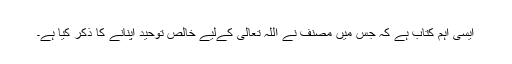
ایسی اہم کتاب ہے کہ جس میں مصنف نے اللہ تعالی کےلیے خالص توحید اپنانے کا ذکر کیا ہے۔